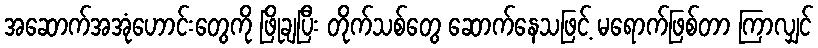
အဆောက်အအုံဟောင်းတွေကို ဖြိုချပြီး တိုက်သစ်တွေ ဆောက်နေသဖြင့် မရောက်ဖြစ်တာ ကြာလျှင်